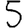
Digit: 5